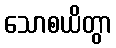
သောစယိတွာ